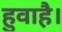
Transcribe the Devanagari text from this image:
हुवाहै।